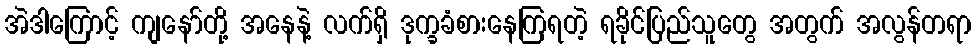
အဲဒါကြောင့် ကျနော်တို့ အနေနဲ့ လက်ရှိ ဒုက္ခခံစားနေကြရတဲ့ ရခိုင်ပြည်သူတွေ အတွက် အလွန်တရာ